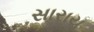
સારાય